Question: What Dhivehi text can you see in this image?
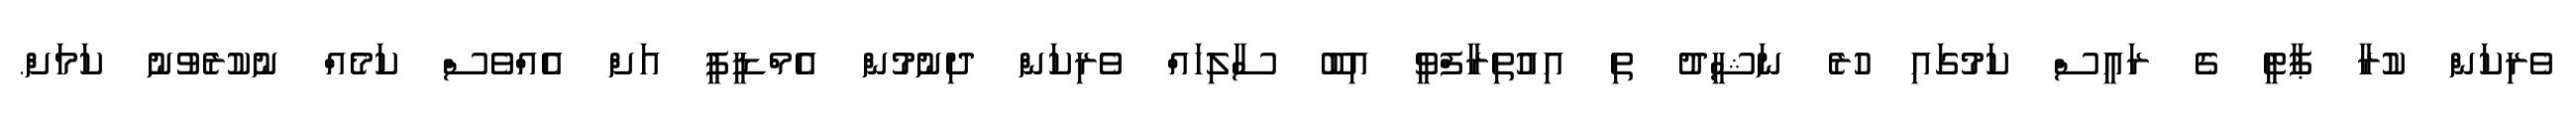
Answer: ވެރިކަން ކުރާ ޕާޓީ ގެ ރައީސް ކަމުގައި ހުރެ ނަޝީދު ތި އިއުތިރާފްވީ އިބޫ ސާލިހައް ވެރިކަން ދިނުމުން އެމްޑީޕީ އަށް އެއްވެސް ކަމެއް ނުކުރެވުނު ކަމަށް.